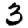
Digit: 3